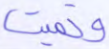
ونميت